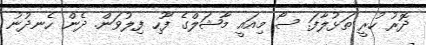
ދޮރު ހުރީ ތަޅުލާފަ. ސޯ މިއައީ މާޝަލްގެ ފޫހި ފިލުވަން. ދެން ހެނދުނު